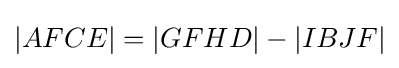
|AFCE|=|GFHD|-|IBJF|